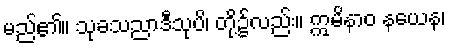
မည်၏။ သုခသညာဒီသုပိ၊ တို့၌လည်း။ ဣမိနာဝ နယေန၊